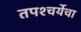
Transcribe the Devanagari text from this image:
तपश्‍चर्येचा